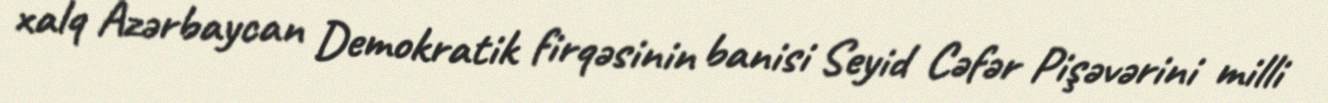
xalq Azərbaycan Demokratik firqəsinin banisi Seyid Cəfər Pişəvərini milli